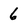
Character: 6